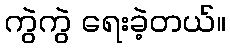
ကွဲကွဲ ရေးခဲ့တယ်။